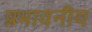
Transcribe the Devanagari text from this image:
प्रभावनीय